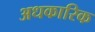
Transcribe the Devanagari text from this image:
अधकारिक